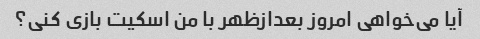
آیا می‌خواهی امروز بعدازظهر با من اسکیت بازی کنی؟